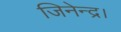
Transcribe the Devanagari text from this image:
जिनेन्द्र।